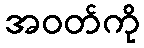
အဝတ်ကို